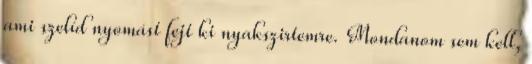
ami szelíd nyomást fejt ki nyakszirtemre. Mondanom sem kell,